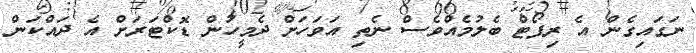
ނަގައިގެން އެ ރިޕޯޓް ބެލުމެއްވެސް ނެތި އަވަހަށް ދެމީހުން ޑޮކްޓަރަށް އެ ދައްކަން